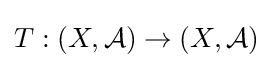
T:(X,{\mathcal {A}})\to (X,{\mathcal {A}})